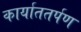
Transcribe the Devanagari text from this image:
कार्याततर्पण